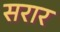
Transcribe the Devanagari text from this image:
सरार